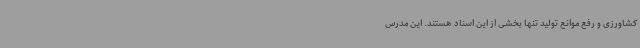
کشاورزی و رفع موانع تولید تنها بخشی از این اسناد هستند. این مدرس